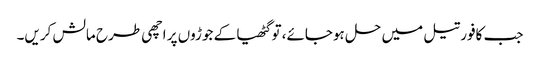
جب کافور تیل میں حل ہوجائے، تو گٹھیا کے جوڑوں پر اچھی طرح مالش کریں۔